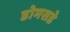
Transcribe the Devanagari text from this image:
डोमसडे